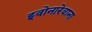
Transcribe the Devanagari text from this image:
झ्वोनारेवाना